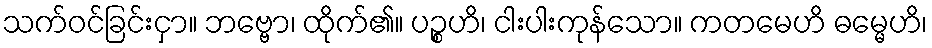
သက်ဝင်ခြင်းငှာ။ ဘဗ္ဗော၊ ထိုက်၏။ ပဉ္စဟိ၊ ငါးပါးကုန်သော။ ကတမေဟိ ဓမ္မေဟိ၊